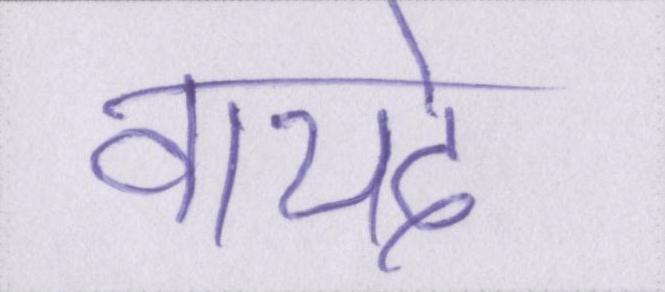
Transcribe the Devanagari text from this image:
वायदे